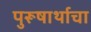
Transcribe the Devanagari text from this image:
पुरूषार्थाचा